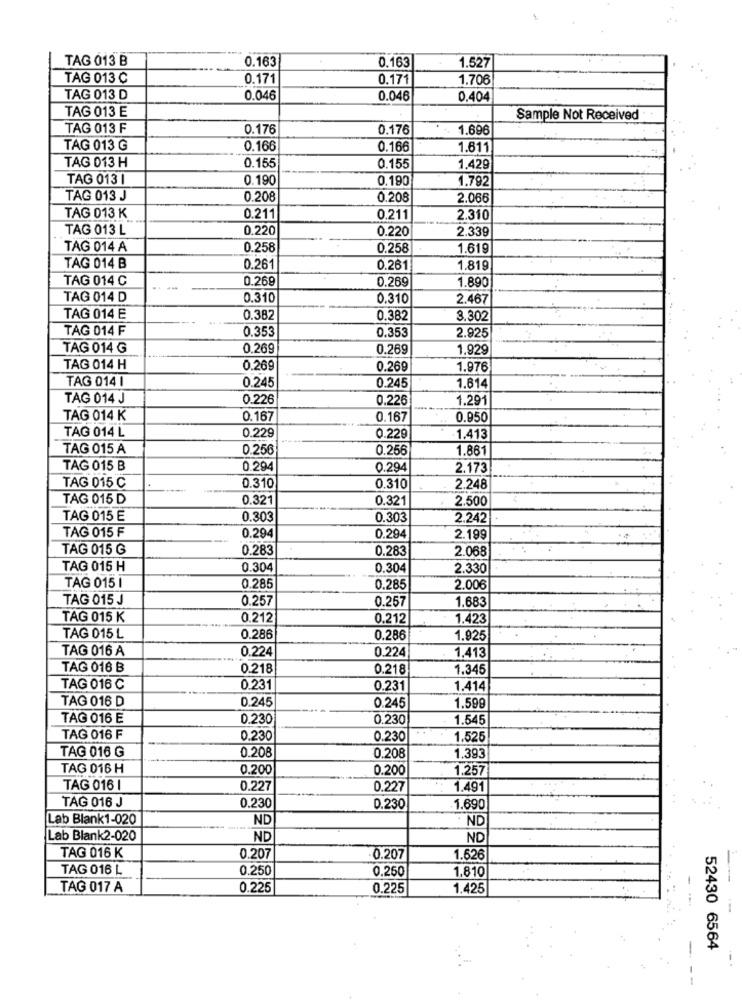
TAG 013 B
0.163
0.163
1.527
TAG 013 ℃
0.171
0.171
1.706
TAG 013 D
0.046
0.046
0.404
TAG 013 E
Sample Not Received
TAG 013 F
0.176
0.176
1.696
TAG 013 G
0.166
0.166
1.611
TAG 013 H
0.155
0.155
1,429
TAG 013 1
0.190
0,190
1.792
TAG 013 J
0.208
0.208
2.066
TAG 013 K
0.211
0.211
2.310
TAG 013 L
0.220
0.220
2.339
TAG 014 A
0.258
0.258
1.619
TAG 014 B
0.261
0.261
1.819
TAG 014 C
0.269
0.269
1.890
TAG 014 D
0.310
0.310
2.467
TAG 014 E
0.382
0.382
3.302
TAG 014 F
0.353
0.353
2.925
TAG 014 G
0.269
0.269
1.929
TAG 014 H
0.269
0.269
1.976
TAG 014 I
0.245
0.245
1.614
TAG 014 J
0.226
0.226
1.291
TAG 014 K
0.167
0.167
0.950
TAG 014 L
0.229
0.229
1.413
TAG 015 A
0.256
0.256
1.861
TAG 015 B
0.294
0.294
2.173
TAG 015 C
0.310
0.310
2.248
TAG 015 D
0.321
0.321
2.500
TAG 015 E
0.303
0.303
2.242
TAG 015 F
0.294
0.294
2.199
TAG 015 G
0.283
0.283
2.068
TAG 015 H
0.304
0.304
2.330
TAG 015 I
0.285
0.285
2.006
TAG 015 J
0.257
0.257
1.683
TAG 015 K
0.212
0.212
1.423
TAG 015 L
0.286
0.286
1.925
TAG 016 A
0.224
0.224
1,413
TAG 016 B
0.218
0.218
1.345
TAG 016 C
0.231
0.231
1.414
TAG 016 D
0.245
1.599
0.245
TAG 016 E
0.230
0.230
1.545
..
TAG 016 F
0.230
0.230
1.525
TAG 016 G
0.208
0.208
1.393
TAG 016 H
0.200
0.200
1.257
TAG 016 I
0.227
0.227
1.491
TAG 016 J
0.230
0.230
1.690
Lab Blank1-020
ND
ND
Lab Blank2-020
ND
ND
TAG 016 K
0.207
-0.207
1.626
TAG 016 L
0.250
0,250
1,810
TAG 017 A
0.225
0.225
1.425
--
52430 6564